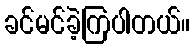
ခင်မင်ခဲ့ကြပါတယ်။